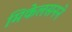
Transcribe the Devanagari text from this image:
मिकेलसनने